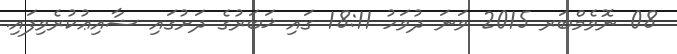
08 ނޮވެމްބަރ 2015 ވަނަ ދުވަހު 18:11 ގައި ޚަބަރުގެ ދަށުގައި ޝާއިޢުކުރެވިފައި.